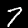
Label: 7